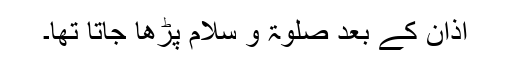
اذان کے بعد صلوٰۃ و سلام پڑھا جاتا تھا۔